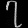
Digit: ၇